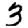
Digit: 3